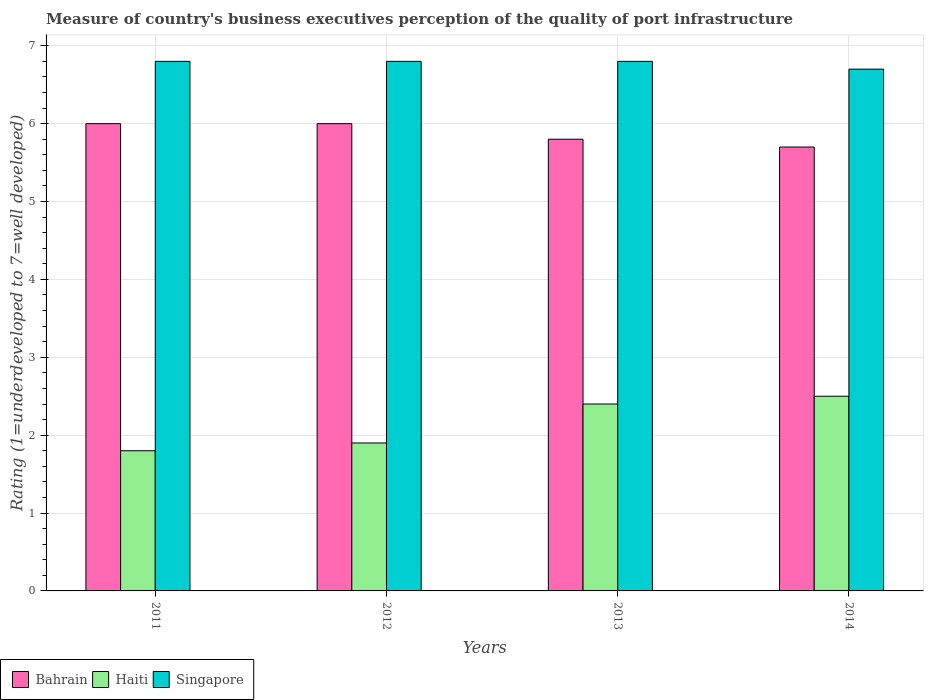
| Years | Bahrain | Haiti | Singapore |
 | --- | --- | --- | --- |
 | 2011 | 6 | 1.8 | 6.8 |
 | 2012 | 6 | 1.9 | 6.8 |
 | 2013 | 5.8 | 2.4 | 6.8 |
 | 2014 | 5.7 | 2.5 | 6.7 |